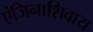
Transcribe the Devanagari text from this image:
एंजिनाशिवाय